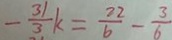
- \frac { 3 1 } { 3 } k = \frac { 2 2 } { 6 } - \frac { 3 } { 6 }